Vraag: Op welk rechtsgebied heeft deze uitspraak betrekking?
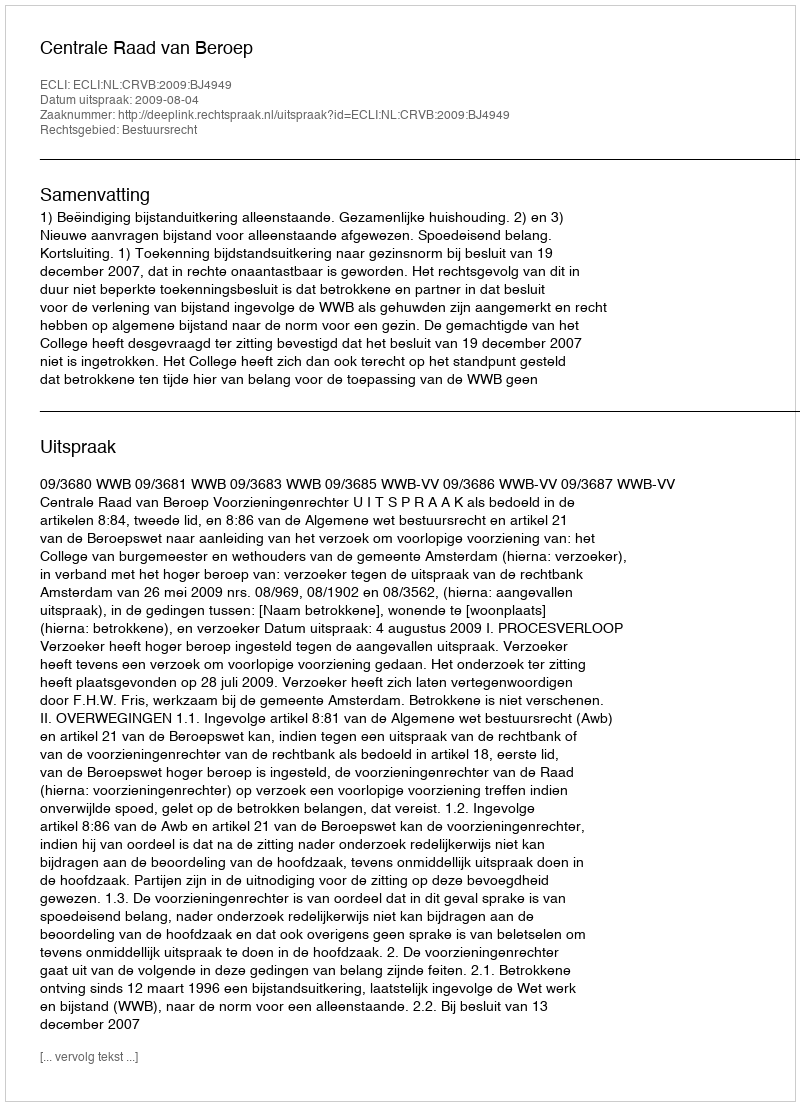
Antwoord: Bestuursrecht